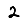
Digit: 2